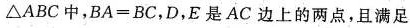
△ABC中，BA=BC，D，E是AC边上的两点，且满足